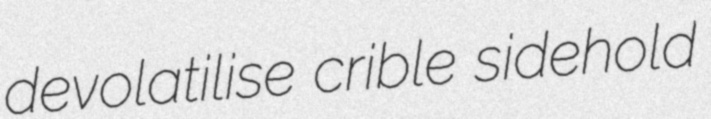
devolatilise crible sidehold